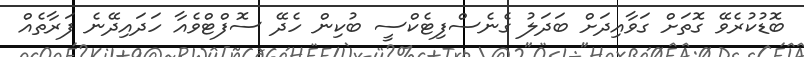
ބޮޑުކުރެވޭ ގޮތަށް ގަވާއިދަށް ބަދަލު ގެނެސްފިޓެކްސީ ބުކިން ހެދޭ ސޮފްޓްވެއާ ހަދައިދޭނެ ފަރާތެއް